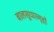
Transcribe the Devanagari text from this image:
बालसुधारगृहों